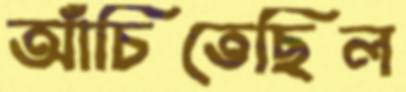
আঁচিতেছিল